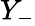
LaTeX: Y_{-}